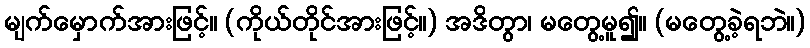
မျက်မှောက်အားဖြင့်။ (ကိုယ်တိုင်အားဖြင့်။) အဒိတွာ၊ မတွေ့မူ၍။ (မတွေ့ခဲ့ရဘဲ။)